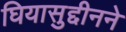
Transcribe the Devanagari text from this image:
घियासुद्दीनने